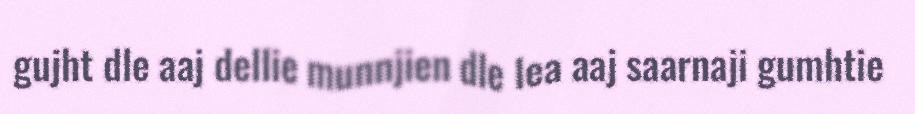
gujht dle aaj dellie munnjien dle lea aaj saarnaji gumhtie